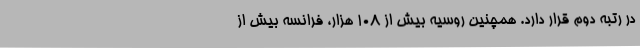
در رتبه دوم قرار دارد. همچنین روسیه بیش از ۱۰۸ هزار، فرانسه بیش از